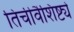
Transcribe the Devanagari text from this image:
तिचीवैशिष्ट्ये